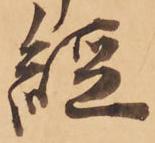
経